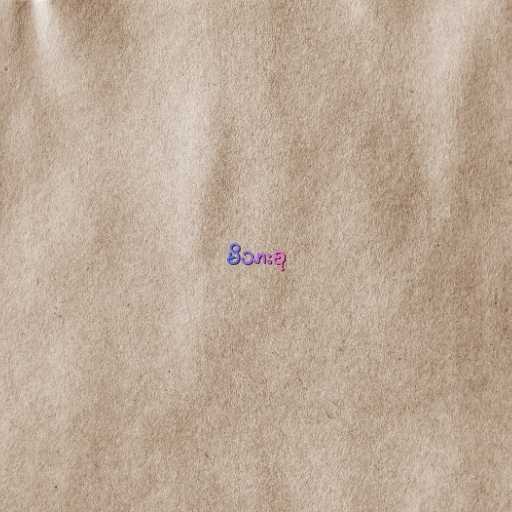
မိသားစု